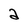
Character: a